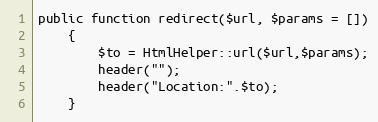
Language: PHP
public function redirect($url, $params = [])
    {
        $to = HtmlHelper::url($url,$params);
        header("");
        header("Location:".$to);
    }